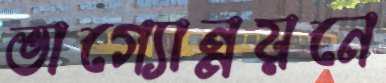
ভাগ্যোন্নয়নে